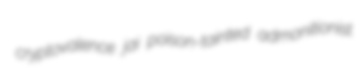
cryptovalence jai poison-tainted admonitionist